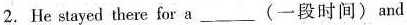
2.He stayed there for a___(一段时间)and